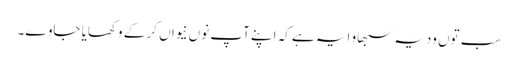
سب توں ودیہ سبھاو ایہ ہے کہ اپنے آپ نوں نیواں کر کے وکھایا جاوے۔